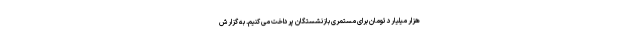
هزار میلیارد تومان برای مستمری بازنشستگان پرداخت می کنیم. به گزارش